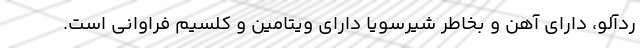
ردآلو، دارای آهن و بخاطر شیرسویا دارای ویتامین و کلسیم فراوانی است.